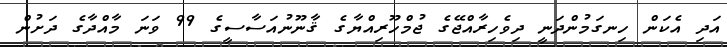
އަދި އެކަން ހިނގަމުންދަނީ ދިވެހިރާއްޖޭގެ ޖުމްހޫރިއްޔާގެ ޤާނޫނުއަސާސީގެ 99 ވަނަ މާއްދާގެ ދަށުން